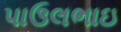
પાઉલભાઇ